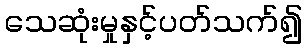
သေဆုံးမှုနှင့်ပတ်သက်၍